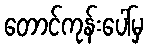
တောင်ကုန်းပေါ်မှ